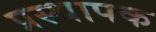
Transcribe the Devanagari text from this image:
प्रस्थापक